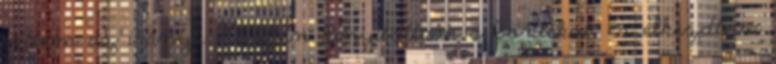
vettem az irányt. Közben kinyitottam a borítékot, és elkezdtem